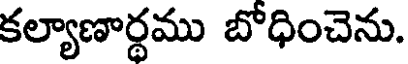
కల్యాణార్థము బోధించెను.